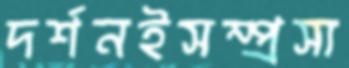
দর্শনইসম্প্রসা